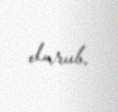
durub.